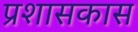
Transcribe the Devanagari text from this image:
प्रशासकास